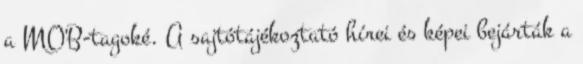
a MOB-tagoké. A sajtótájékoztató hírei és képei bejárták a